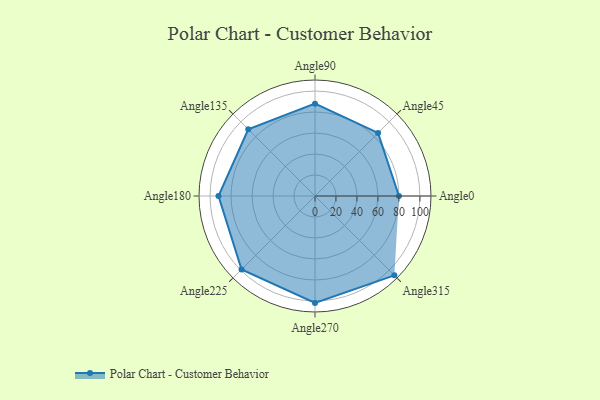
{"axis": {"x": "Angle", "y": "Radius"}, "legend": [""], "data": [{"x": "Angle0", "y": 80.0, "type": ""}, {"x": "Angle45", "y": 85.0, "type": ""}, {"x": "Angle90", "y": 88.0, "type": ""}, {"x": "Angle135", "y": 90.0, "type": ""}, {"x": "Angle180", "y": 92.0, "type": ""}, {"x": "Angle225", "y": 99.0, "type": ""}, {"x": "Angle270", "y": 102.0, "type": ""}, {"x": "Angle315", "y": 107.0, "type": ""}]}